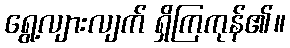
ရွေ့လျားလျက် ရှိကြကုန်၏။